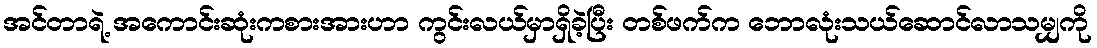
အင်တာရဲ့ အကောင်းဆုံးကစားအားဟာ ကွင်းလယ်မှာရှိခဲ့ပြီး တစ်ဖက်က ဘောလုံးသယ်ဆောင်လာသမျှကို